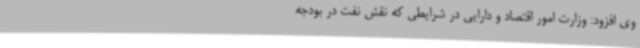
وی افزود: وزارت امور اقتصاد و دارایی در شرایطی که نقش نفت در بودجه